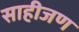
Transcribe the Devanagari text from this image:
साहीजण